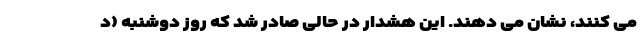
می کنند، نشان می دهند. این هشدار در حالی صادر شد که روز دوشنبه (د